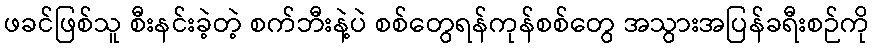
ဖခင်ဖြစ်သူ စီးနင်းခဲ့တဲ့ စက်ဘီးနဲ့ပဲ စစ်တွေရန်ကုန်စစ်တွေ အသွားအပြန်ခရီးစဉ်ကို